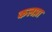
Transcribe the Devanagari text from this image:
कलप्ना